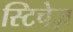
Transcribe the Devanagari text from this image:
स्टिचेज़